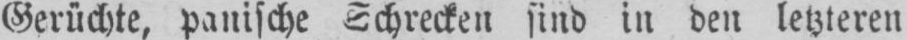
Gerüchte, panische Schrecken sind in den letzteren